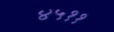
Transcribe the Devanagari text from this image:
४५११